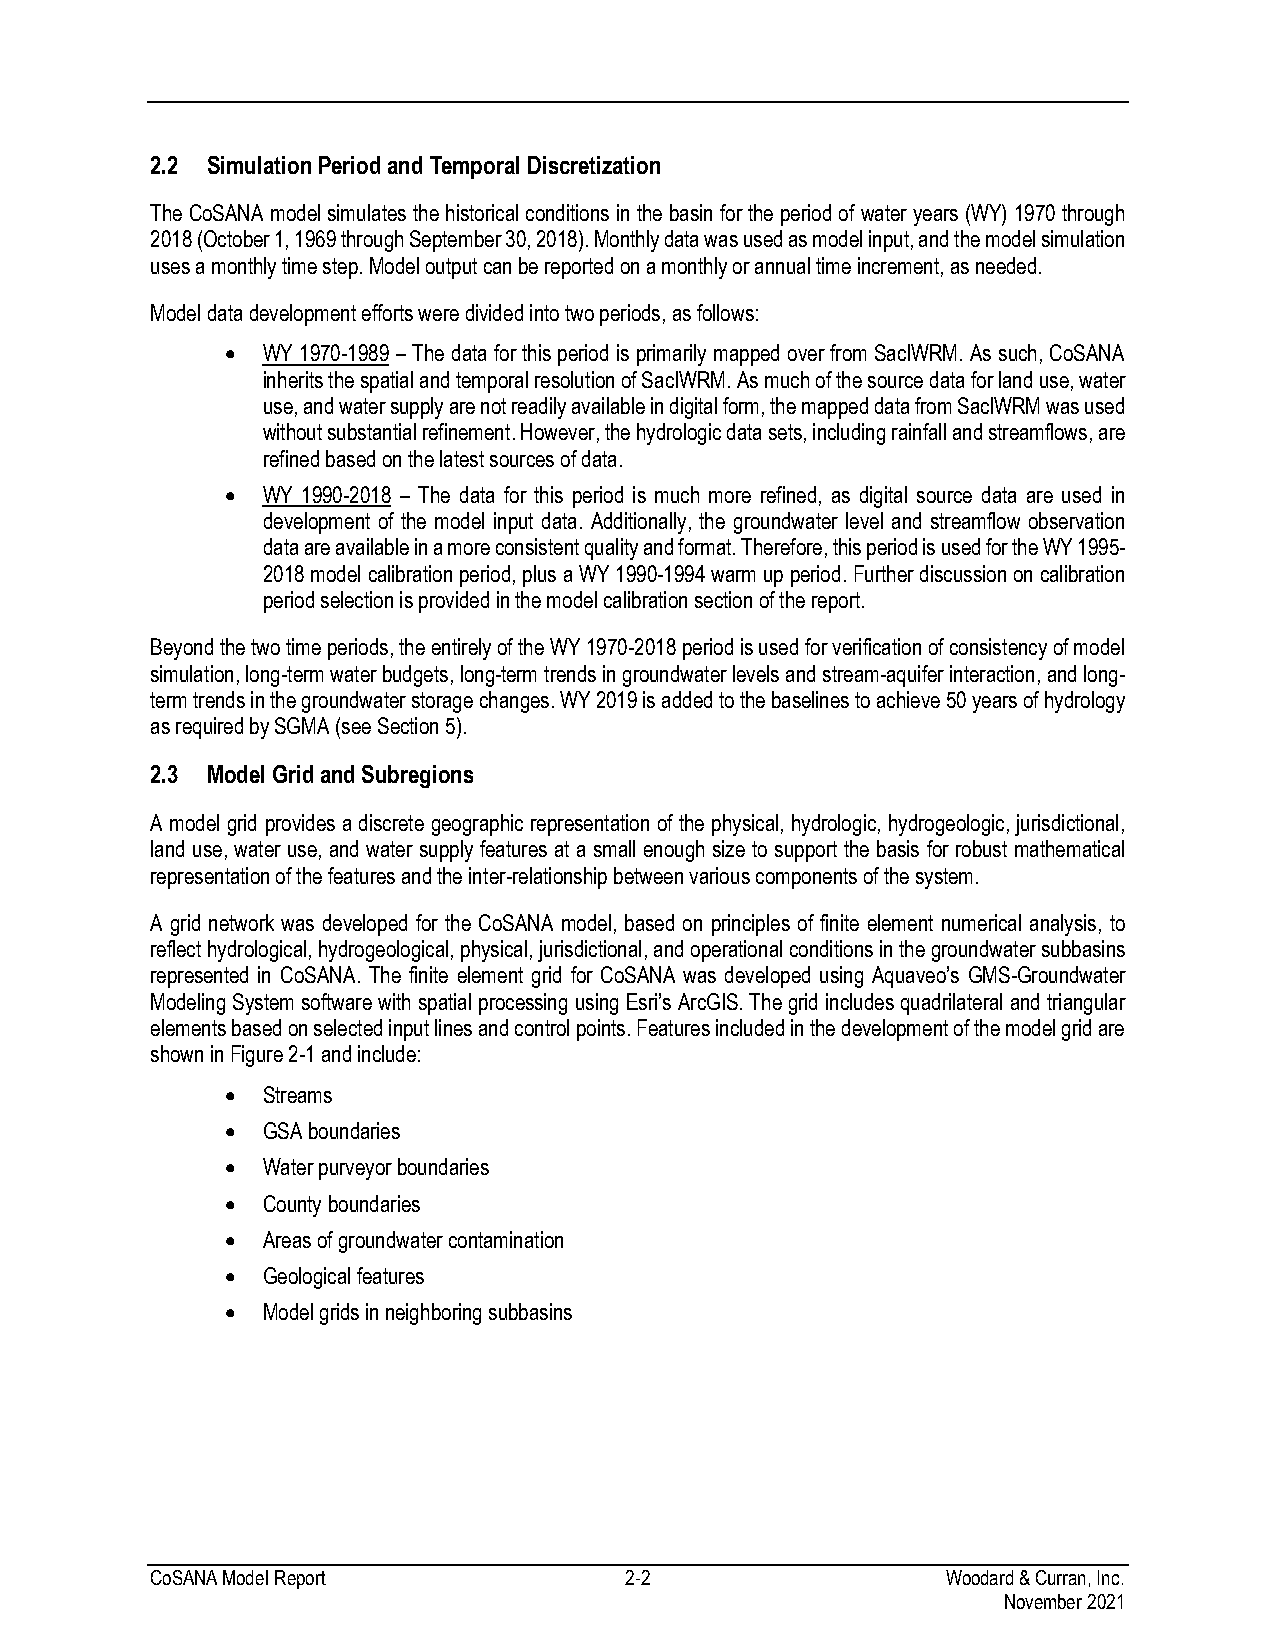
2.2 Simulation Period and Temporal Discretization
 The CoSANA model simulates the historical conditions in the basin for the period of water years (WY) 1970 through
 2018 (October 1, 1969 through September 30, 2018). Monthly data was used as model input, and the model simulation
 uses a monthly time step. Model output can be reported on a monthly or annual time increment, as needed.
 Model data development efforts were divided into two periods, as follows:
 • WY 1970-1989 – The data for this period is primarily mapped over from SacIWRM. As such, CoSANA
 inherits the spatial and temporal resolution of SacIWRM. As much of the source data for land use, water
 use, and water supply are not readily available in digital form, the mapped data from SacIWRM was used
 without substantial refinement. However, the hydrologic data sets, including rainfall and streamflows, are
 refined based on the latest sources of data.
 • WY 1990-2018 – The data for this period is much more refined, as digital source data are used in
 development of the model input data. Additionally, the groundwater level and streamflow observation
 data are available in a more consistent quality and format. Therefore, this period is used for the WY 1995-
 2018 model calibration period, plus a WY 1990-1994 warm up period. Further discussion on calibration
 period selection is provided in the model calibration section of the report.
 Beyond the two time periods, the entirely of the WY 1970-2018 period is used for verification of consistency of model
 simulation, long-term water budgets, long-term trends in groundwater levels and stream-aquifer interaction, and long-
 term trends in the groundwater storage changes. WY 2019 is added to the baselines to achieve 50 years of hydrology
 as required by SGMA (see Section 5).
 2.3 Model Grid and Subregions
 A model grid provides a discrete geographic representation of the physical, hydrologic, hydrogeologic, jurisdictional,
 land use, water use, and water supply features at a small enough size to support the basis for robust mathematical
 representation of the features and the inter-relationship between various components of the system.
 A grid network was developed for the CoSANA model, based on principles of finite element numerical analysis, to
 reflect hydrological, hydrogeological, physical, jurisdictional, and operational conditions in the groundwater subbasins
 represented in CoSANA. The finite element grid for CoSANA was developed using Aquaveo’s GMS-Groundwater
 Modeling System software with spatial processing using Esri’s ArcGIS. The grid includes quadrilateral and triangular
 elements based on selected input lines and control points. Features included in the development of the model grid are
 shown in Figure 2-1 and include:
 • Streams
 • GSA boundaries
 • Water purveyor boundaries
 • County boundaries
 • Areas of groundwater contamination
 • Geological features
 • Model grids in neighboring subbasins
 CoSANA Model Report            2-2                   Woodard & Curran, Inc.
 November 2021